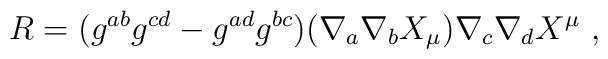
R = (g^{ab} g^{cd} - g^{ad} g^{bc})(\nabla_{a} \nabla_{b} X_{\mu})\nabla_{c} \nabla_{d} X^{\mu} \ ,